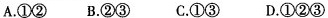
A.①② B.②③ C.①③ D.①②③